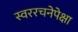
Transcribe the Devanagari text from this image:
स्वररचनेपेक्षा